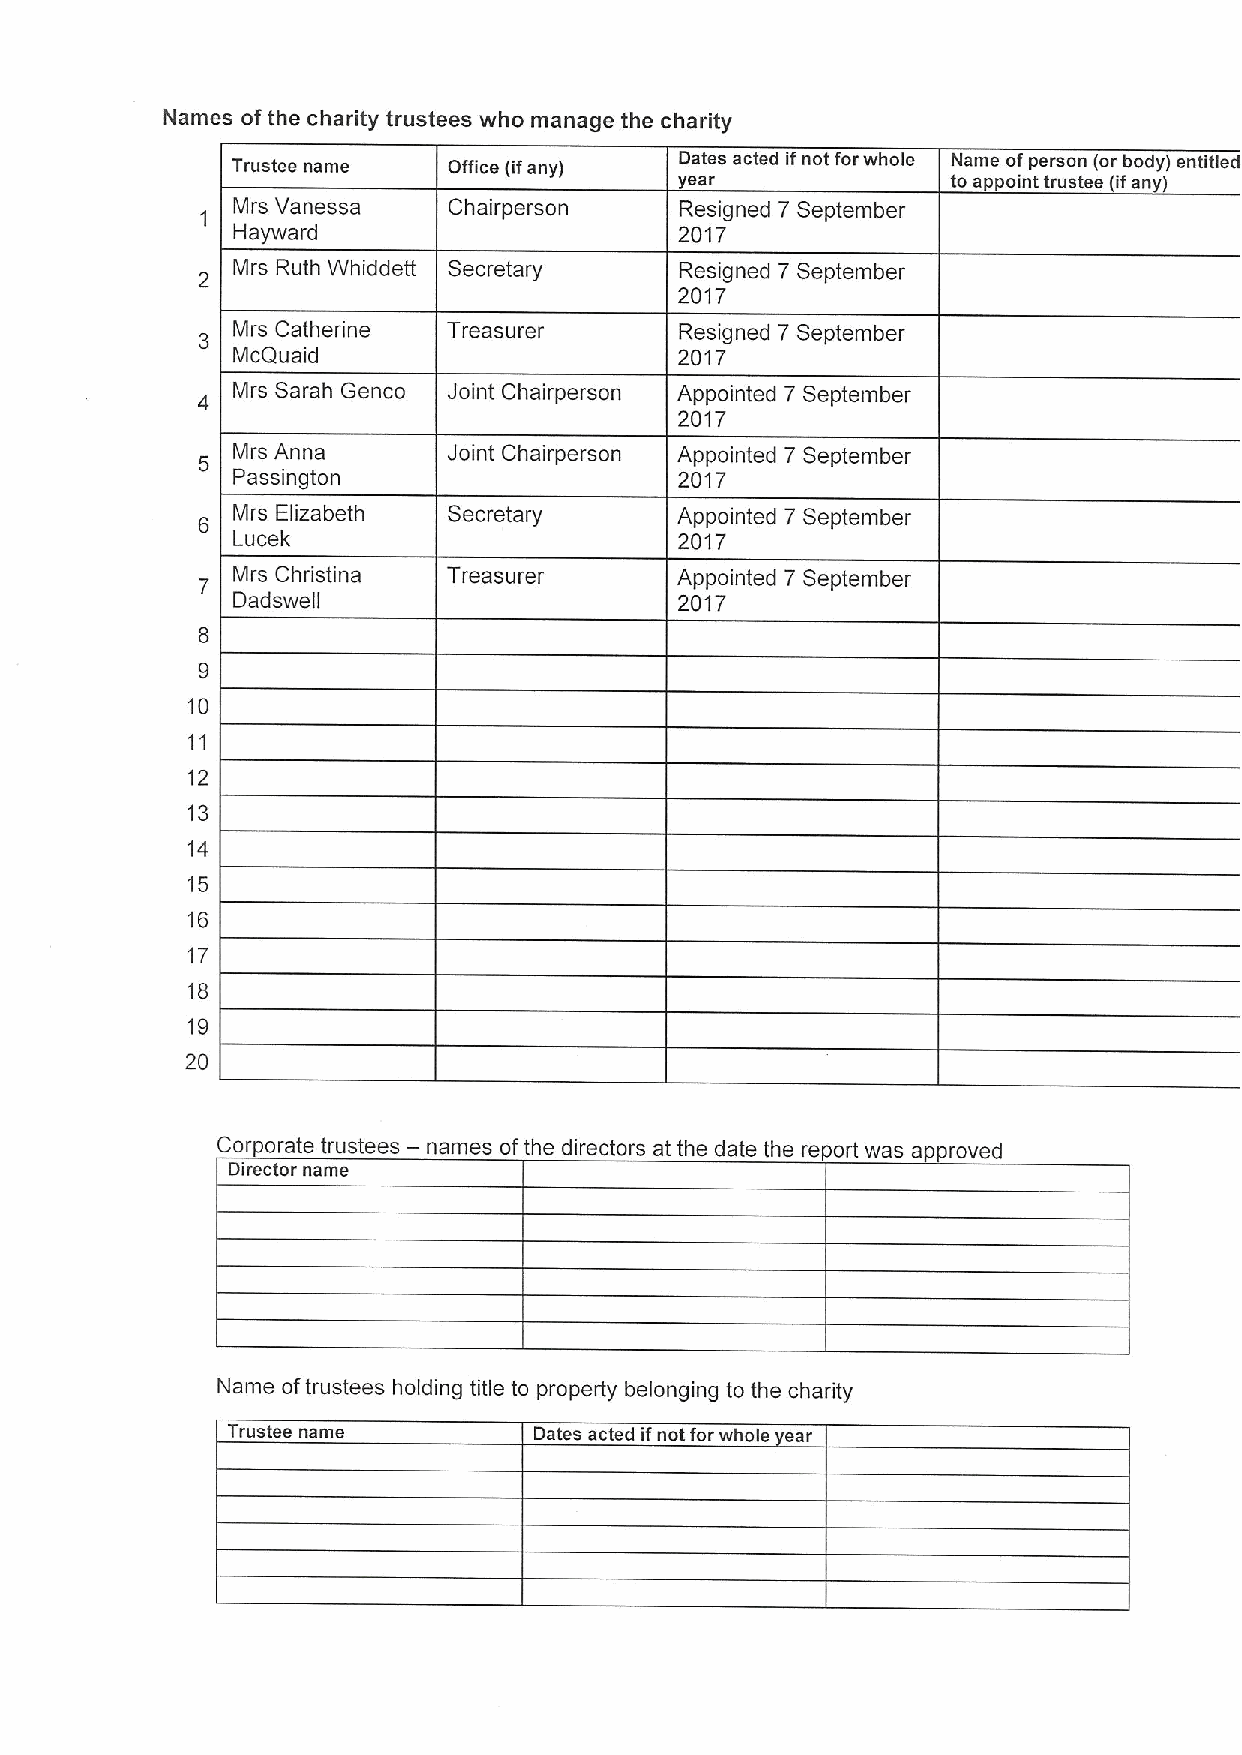
Names ofthe charity trustees who manage the charity
 Trustee name   Office (ifany) Dates acted ifnot forwhole Name ofperson (or body) entitled
 year              to appoint trustee (ifan
 Mrs Vanessa    Chairperson    Resigned 7 September
 Hayward                       2017
 Mrs Ruth Whiddett Secretary   Resigned 7 September
 2017
 Mrs Catherine  Treasurer      Resigned 7 September
 McQu aid                      2017
 Mrs Sarah Genco Joint Chairperson Appointed 7 September
 2017
 Mrs Anna       Joint Chairperson Appointed 7 September
 Passington                    2017
 Mrs Elizabeth  Secretary      Appointed 7 September
 Lucek                         2017
 Mrs Christina  Treasurer      Appointed 7 September
 Dadswell                      2017
 8
 9
 10
 11
 12
 13
 14
 15
 16
 17
 18
 19
 20
 —
 Corporate trustees names ofthe directors at the date the report was ap roved
 Director name
 Name oftrustees holding title to property belonging to the charity
 Trustee name        Dates acted ifnotforwhole ear